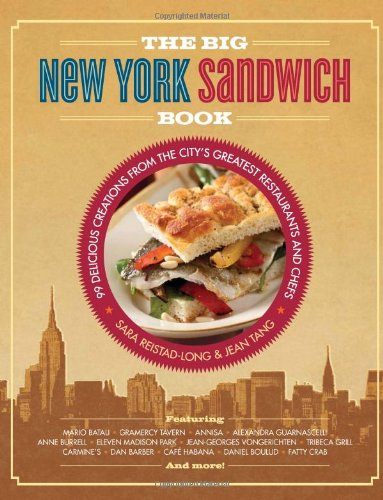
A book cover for The Big New York Sandwich Book: 99 Delicious Creations from the City's Greatest Restaurants and Chefs; Sara Reistad-Long; Cookbooks, Food & Wine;